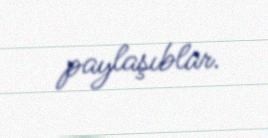
paylaşıblar.